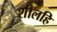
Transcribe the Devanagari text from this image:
शीलहि